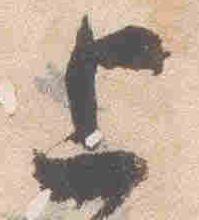
上